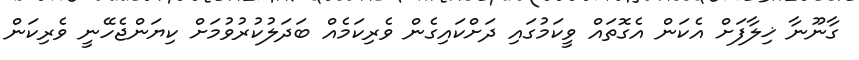
ގާނޫނާ ޚިލާފަށް އެކަން އެގޮތައް ވީކަމުގައި ދަށްކައިގެން ވެރިކަމެއް ބަދަލުކުރުވުމަށް ކިޔަންޖެހޭނީ ވެރިކަން